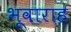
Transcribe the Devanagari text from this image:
भूवाराह